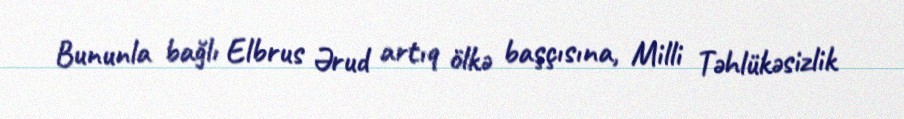
Bununla bağlı Elbrus Ərud artıq ölkə başçısına, Milli Təhlükəsizlik